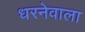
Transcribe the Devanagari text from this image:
धरनेवाला